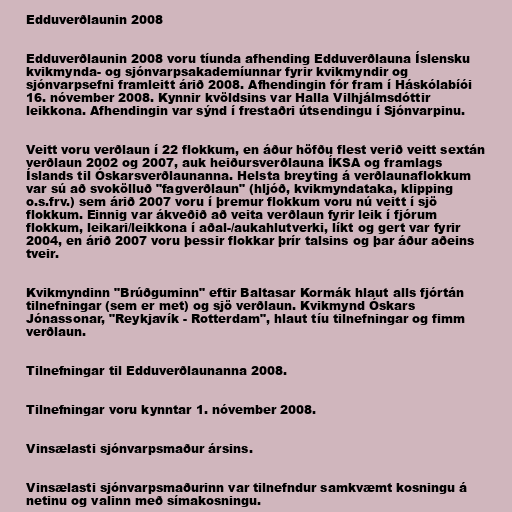
Edduverðlaunin 2008

Edduverðlaunin 2008 voru tíunda afhending Edduverðlauna Íslensku
kvikmynda- og sjónvarpsakademíunnar fyrir kvikmyndir og
sjónvarpsefni framleitt árið 2008. Afhendingin fór fram í Háskólabíói
16. nóvember 2008. Kynnir kvöldsins var Halla Vilhjálmsdóttir
leikkona. Afhendingin var sýnd í frestaðri útsendingu í Sjónvarpinu.

Veitt voru verðlaun í 22 flokkum, en áður höfðu flest verið veitt sextán
verðlaun 2002 og 2007, auk heiðursverðlauna ÍKSA og framlags
Íslands til Óskarsverðlaunanna. Helsta breyting á verðlaunaflokkum
var sú að svokölluð "fagverðlaun" (hljóð, kvikmyndataka, klipping
o.s.frv.) sem árið 2007 voru í þremur flokkum voru nú veitt í sjö
flokkum. Einnig var ákveðið að veita verðlaun fyrir leik í fjórum
flokkum, leikari/leikkona í aðal-/aukahlutverki, líkt og gert var fyrir
2004, en árið 2007 voru þessir flokkar þrír talsins og þar áður aðeins
tveir.

Kvikmyndinn "Brúðguminn" eftir Baltasar Kormák hlaut alls fjórtán
tilnefningar (sem er met) og sjö verðlaun. Kvikmynd Óskars
Jónassonar, "Reykjavík - Rotterdam", hlaut tíu tilnefningar og fimm
verðlaun.

Tilnefningar til Edduverðlaunanna 2008.

Tilnefningar voru kynntar 1. nóvember 2008.

Vinsælasti sjónvarpsmaður ársins.

Vinsælasti sjónvarpsmaðurinn var tilnefndur samkvæmt kosningu á
netinu og valinn með símakosningu.